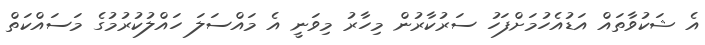
އެ ޝަކުވާތައް އަޑުއެހުމަށްފަހު ސަރުކާރުން މިހާރު މިވަނީ އެ މައްސަލަ ހައްލުކުރުމުގެ މަސައްކަތް